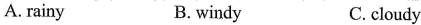
A. rainy B. windy C. cloudy